King Institute of Preventive Medicine Bacteriolog. Section reports 1907-08
Year: 1907
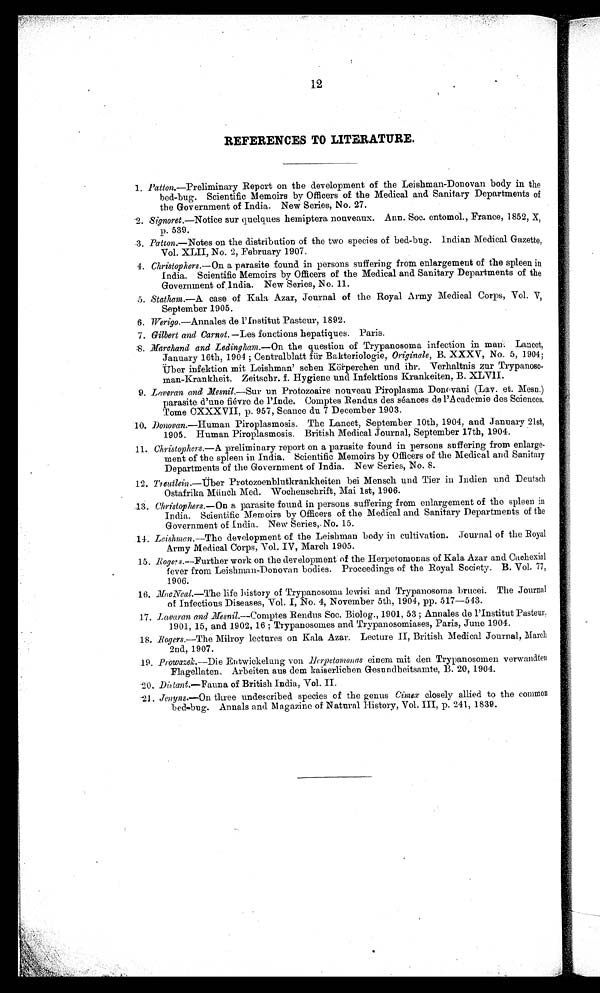
12
REFERENCES TO LITERATURE.
1. Patton.—Preliminary Report on the development of the Leishman-Donovan body in the
bed-bug. Scientific Memoirs by Officers of the Medical and Sanitary Departments of
the Government of India. New Series, No. 27.
'2. Signoret.—Notice sur quelques hemiptera nouveaux. Ann. Soc. entomol., France, 1852, X,
p. 539.
.3. Patton.— Notes on the distribution of the two species of bed-bug. Indian Medical Gazette,
Vol. XLII, No. 2, February 1907.
4. Christophers.— On a parasite found in persons suffering from enlargement of the spleen in
India. Scientific Memoirs by Officers of the Medical and Sanitary Departments of the
Government of India. New Series, No. 11.
5. Statham.—A case of Kala Azar, Journal of the Royal Army Medical Corps, Vol. V,
September 1905.
6. Werigo .—Annales de I'Institut Pasteur, 1892.
7. Gilbert and Carnot. —Les fonctions hepatiques. Paris.
:8. Marchand and Ledingham—On the question of Trypanosoma infection in man. Lancet,
January 16th, 1904 ; Centralblatt fiir Bakteriologie, Originale, B. XXXV, No. 5, 1904;
Uber infection mit Leishman' schen Korperchen und ihr. Verhaltnis zur
Trypanoso-man-Krankheit. Zeitscbr. f. Hygiene und Infentions Krankeiten, B. XLVII.
9. Laveran and Mesnil.— Sur un Protozoaire nouveau Piroplasmosis Donovani (La y . et. Mesa.)
parasite d'une fievre de I'Inde. Comptes Rendus des seances de I'Academie des Sciences,
Tome CXXXVII, p. 957, Seance du 7 December 1903.
10. Donovan .—Human Piroplasmosis. The Lancet, September 10th, 1904, and January 21st,
1905. Human Piroplasmosis. British Medical Journal, September 17th, 1904.
11. Christophers.— A preliminary report on a parasite found in persons suffering from enlarge-
ment of the spleen in India, Scientific Memoirs by Officers of the Medical and Sanitary
Departments of the Government of India. New Series, No. 8.
12.
Treutlein.—Uber Protozoenblutkrankheiten bei Mensch. mid Tier in Indian und Deutsch
Ostafrika Munch Med. Wochenschrift, Mai 1st, 1906.
13. Christophers.— On a parasite found in persons suffering from enlargement of the spleen in
India. Scientific Memoirs by Officers of the Medical and Sanitary Departments of the
Government of India. New Series,. No. 15.
14. Leishman.—The development of the Leishman body in cultivation. Journal of the Royal
Army Medical Corps, Vol. IV, March 1905.
15.
Rogers.—Further work on the development of the Herpetomonas of Kala Azar and. CaChexial
fever from Leishman-Donovan bodies. Proceedings of the Royal Society. B. Vol. 77,
1906.
16. MacNeal.—The life history of Trypanosoma lewisi and Trypanosoma brucei. The Journal
of Infectious Diseases, Vol. I, No. 4, November 5th, 1904, pp. 517-543.
17. Lavaran and Mresnil. —Comptes Rendus Soc. Biolog., 1901, 53 ; Annales de I'Institut Pasteur,
1901, 15, and 1902, 16 ; Trypanosomes and Trypanosomiases, Paris, June 1904.
18. Rogers. —The Milroy lectures on Kala Azar. Lecture II, British Medical Journal, March
2nd, 1907.
19. Prowazek.—Die Entwickelung von Herpetomonas einem mit den Trypanosomen verwandten
Flagellaten. Arbeiten aus dem kaiserlichen Gesundheitsamte, B. 20, 1904.
20. Distant.—Fauna of British India, Vol. II.
21. Jenyns.—On three undescribed species of the genus Cimex closely allied to the common
bed-bug. Annals and Magazine of Natural History, Vol. III, p. 241, 1839.